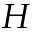
H